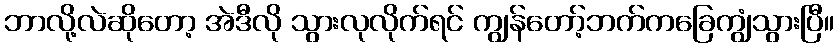
ဘာလို့လဲဆိုတော့ အဲဒီလို သွားလုလိုက်ရင် ကျွန်တော့်ဘက်ကခြေကျွံသွားပြီ။